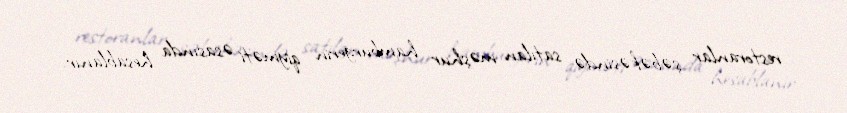
restoranlar şəbəkəsində satılan məşhur hamburgerin qiyməti əsasında hesablanır.